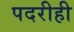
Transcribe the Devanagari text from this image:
पदरीही